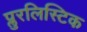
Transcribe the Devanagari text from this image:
प्लुरलिस्टिक